system: You are a helpful assistant.
user:
Analyze the provided spectrum to determine if it is a **"Cataclysmic Variables (CV)"**.

- **Key Indicators for CV (Check for either state):**
    - **State 1: Quiescent / Low-State (Emission-Dominated)**
        - **(Primary):** Strong and *very broad* Hydrogen Balmer emission lines (e.g., $H\alpha$ at 6563 Å, $H\beta$ at 4861 Å). The 'broadness' (high velocity dispersion, often FWHM > 1000 km/s) is the key diagnostic, indicating a high-velocity accretion disk.
        - **(Secondary):** Broad neutral Helium (He I) emission lines (e.g., 5876 Å, 6678 Å).
        - **(Key Confirmation):** Presence of high-excitation *ionized* Helium (He II) emission at 4686 Å. This is a strong indicator of accretion onto a white dwarf.
        - **(Line Profile):** Emission lines may exhibit a 'double-peaked' profile, which is a classic signature of a rotating accretion disk viewed at high inclination.

    - **State 2: Outburst / High-State (Absorption-Dominated)**
        - **(Primary):** Spectrum is dominated by a bright, blue continuum (looks like a hot star).
        - **(Secondary):** The emission lines from State 1 are weak, absent, or 'filled in', and are replaced by broad, shallow *absorption* lines (primarily Balmer and He I).
        - **(Morphology):** The overall spectrum mimics a hot B/A-type star. The crucial difference is that the absorption lines are significantly broader, shallower, and more 'washed-out' (or 'smeared') than the sharp lines of a normal stellar photosphere, due to high rotational speeds and pressure broadening in the disk.

Think first, call **spectral_visualization_tool** if needed to examine features in detail, then provide your final answer. Your response must adhere to the following strict rules:
1.  **Overall Structure:** Your response must follow the format `<think>...</think> <tool_call>...</tool_call> (if a tool is used) <answer>...</answer>`.
2.  **Tool Usage Constraint:** You may only make **one** tool call per turn.
3.  **Final Answer Format:** In the `<answer>` tag, your conclusion must be inside a `\boxed{}` command (e.g., `\boxed{YES}`), followed by your justification.

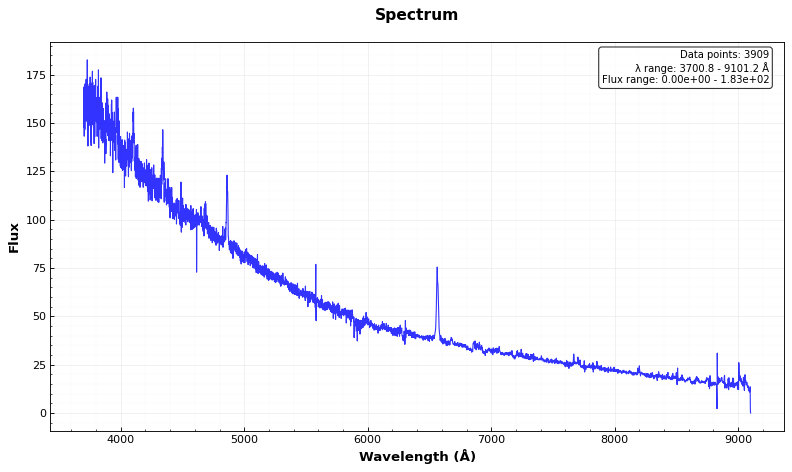
Answer: YES